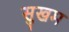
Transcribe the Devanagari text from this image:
सुखम